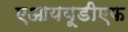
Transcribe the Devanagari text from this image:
एआययूडीएफ